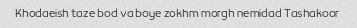
Khodaeish taze bod va boye zokhm morgh nemidad Tashakoor